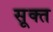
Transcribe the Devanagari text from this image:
सूक्‍त